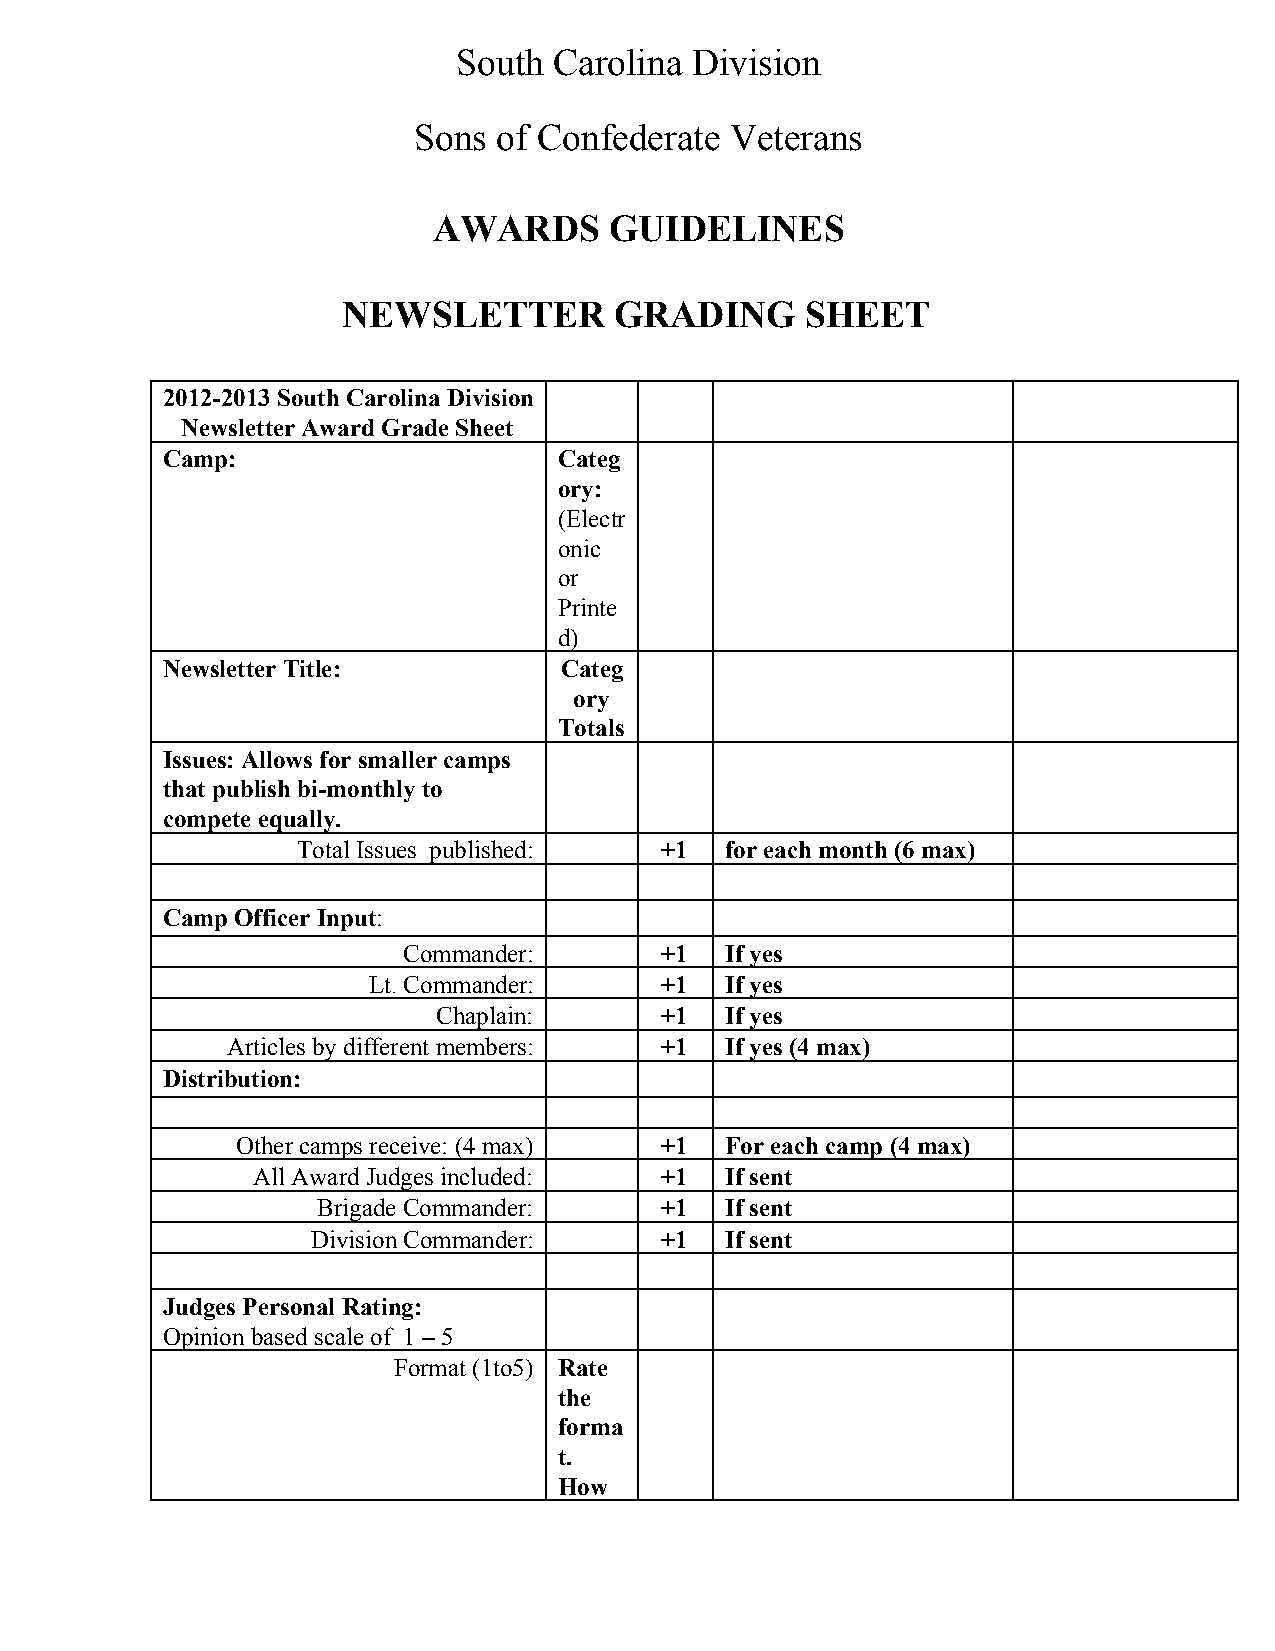
South  Carolina Division
 Sons  of Confederate Veterans
 AWARDS     GUIDELINES
 NEWSLETTER        GRADING     SHEET
 2012­2013 South Carolina Division
 Newsletter Award Grade Sheet
 Camp:                     Categ
 ory:
 (Electr
 onic
 or
 Printe
 d)
 Newsletter Title:         Categ
 ory
 Totals
 Issues: Allows for smaller camps
 that publish bi­monthly to
 compete equally.
 Total Issues published: +1  for each month (6 max)
 Camp Officer Input:
 ​
 Commander:       +1  If yes
 Lt. Commander:      +1  If yes
 Chaplain:      +1  If yes
 Articles by different members: +1 If yes (4 max)
 Distribution:
 Other camps receive: (4 max) +1 For each camp (4 max)
 All Award Judges included: +1  If sent
 Brigade Commander:     +1  If sent
 Division Commander:    +1  If sent
 Judges Personal Rating:
 Opinion based scale of 1 – 5
 Format (1to5) Rate
 the
 forma
 t.
 How